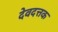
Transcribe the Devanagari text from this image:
देवदत्तक